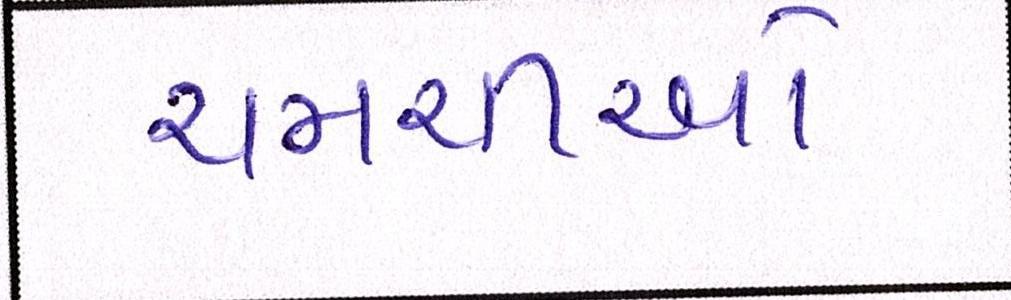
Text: ચમચીઓ